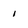
Character: i